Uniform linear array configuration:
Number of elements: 8
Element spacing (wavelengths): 0.75
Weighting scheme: exponential
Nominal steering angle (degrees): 60
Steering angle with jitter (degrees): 61.685
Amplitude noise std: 0.05
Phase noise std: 0.05

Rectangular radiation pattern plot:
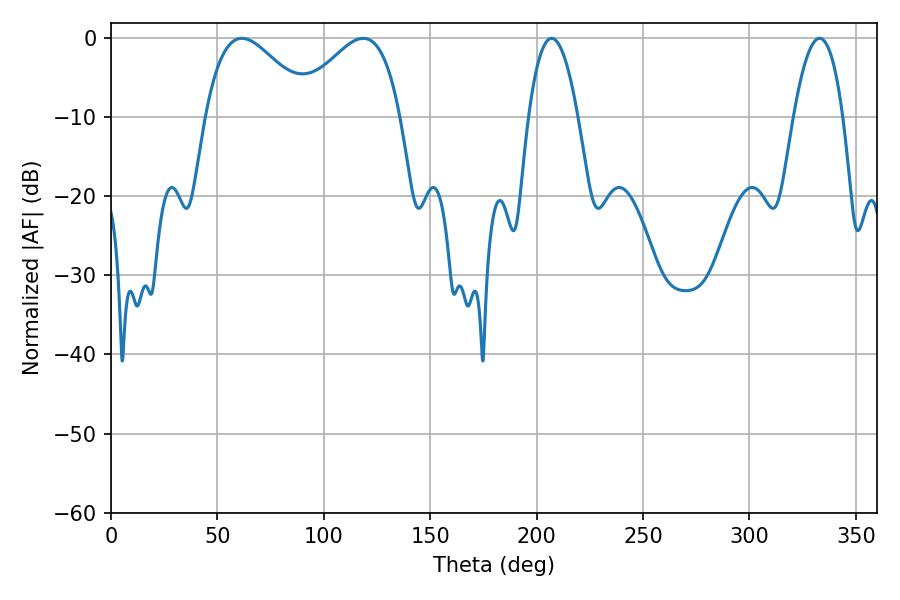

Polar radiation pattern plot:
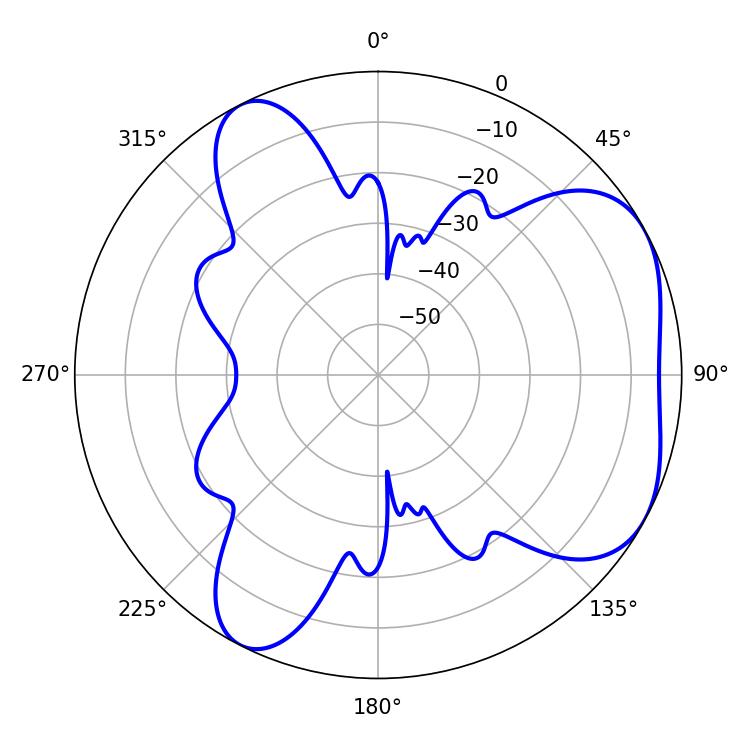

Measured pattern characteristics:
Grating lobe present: TRUE
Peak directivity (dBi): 4.79
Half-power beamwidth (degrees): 27
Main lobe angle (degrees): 61.56